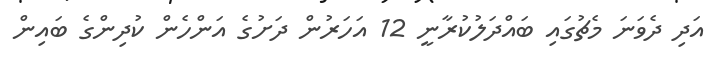
އަދި ދެވަނަ މެޗުގައި ބައްދަލުކުރާނީ 12 އަހަރުން ދަށުގެ އަންހެން ކުދިންގެ ބައިން